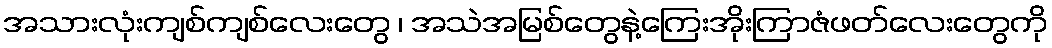
အသားလုံးကျစ်ကျစ်လေးတွေ ၊ အသဲအမြစ်တွေနဲ့ကြေးအိုးကြာဇံဖတ်လေးတွေကို